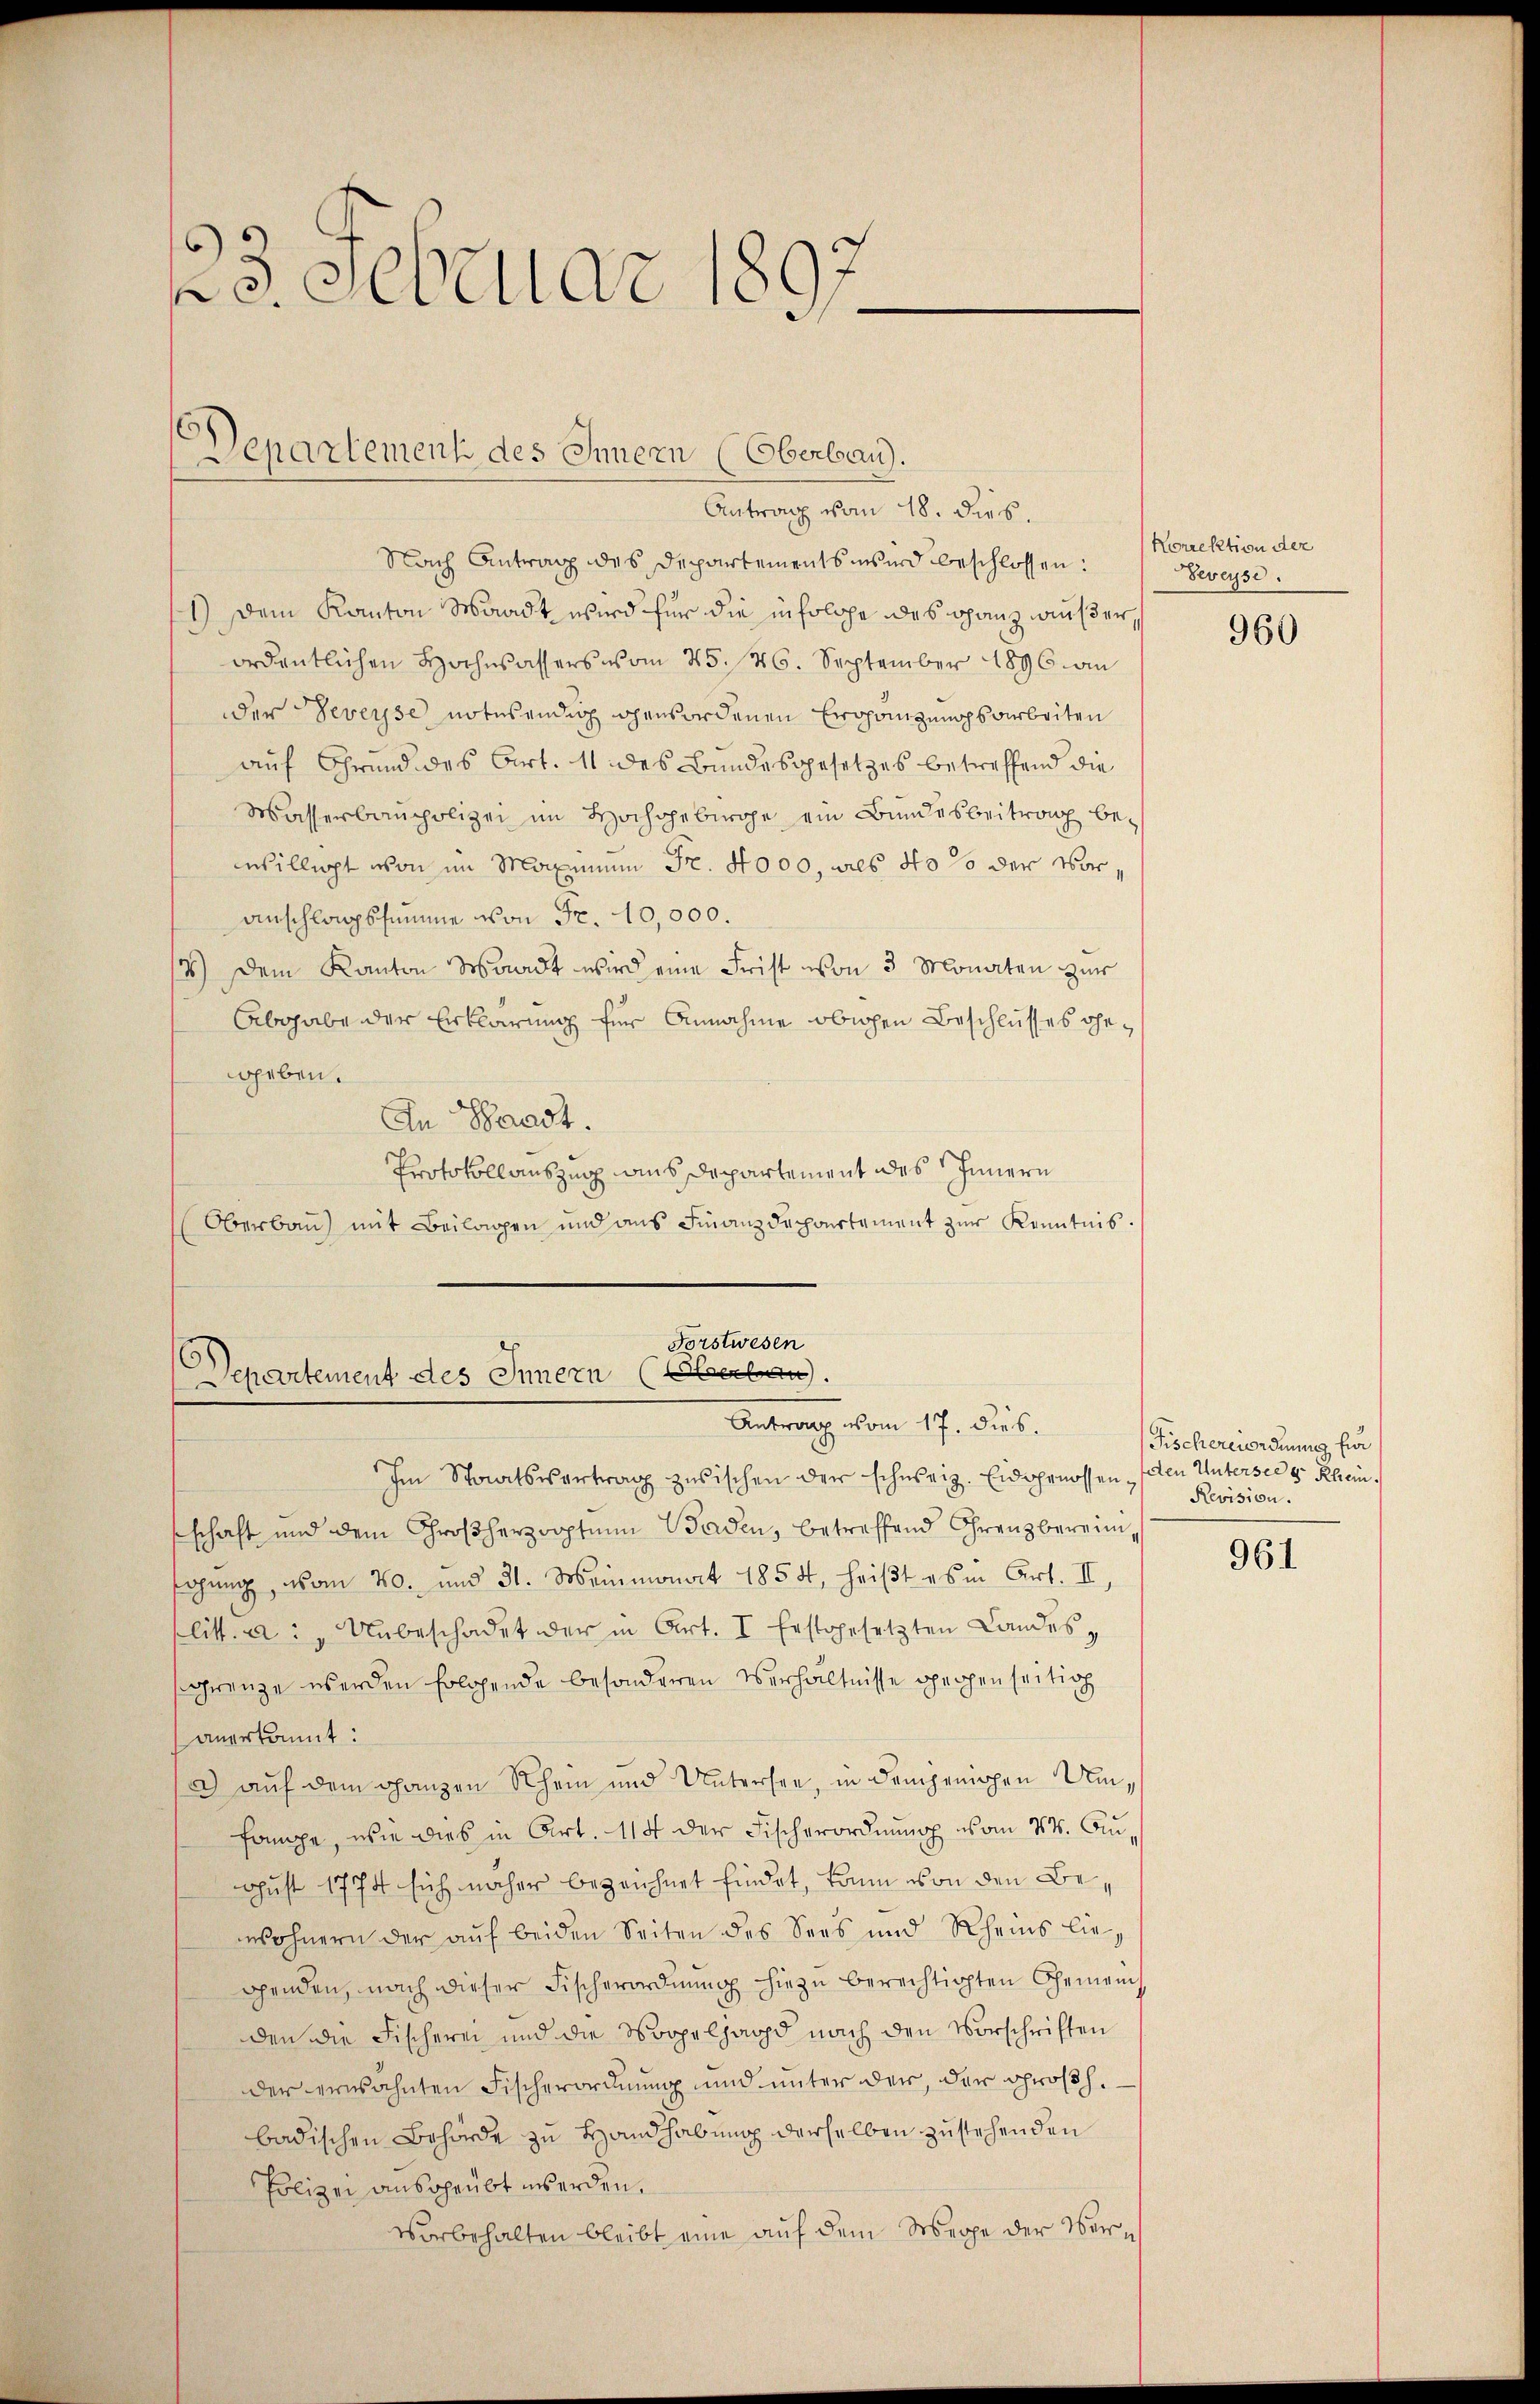
23. Februar 1891

¬
Departement des Innern (Oberbau).
Antrag vom 18. dies.

Nach Antrag des Departements wird beschlossen:
1.) Dem Kanton Waadt wird für die in solche des ganz außer,
ordentlichen Hochwassers vom 25. 46. September 1896 an
der Veveyse notwendig gewordenen Ergänzungsarbeiten
auf Grund des Art. 11 des Bundesgesetzes betreffend die
Wasserbaupolizei im Hochgebirge ein Bundesbeitrag be-
willigt von im Maximum Fr. 4000, als 40 so der Voranschlagssumme von Fr. 10,000.
14) Dem Kanton Waadt wird eine Frist von 3 Monaten zur
Abgabe der Erklärung für Annahme obigen Beschlusses geggeben.
An Waadt.
Protokollauszug aus Departement des Innern
Oberbau) mit Beilagen und aus Finanzdepartement zur Kenntnis.

Forstwesen
Snel
Departement des Innern
Antrag vom 17. dies.

Im Staatsvertrag zwischen der schweiz. Eidgenossen, (den Untersee sr Rhein.
schaft und dem Großherzooptum Baden, betreffend Franzberein,
sagung vom 20. und 31. Meinmonat 1854, heißt es in Art. II,
litt. a: "Unbeschadet der in Art. I Erstgesetzten Landes
sgrenze werden solchende besonderen Verhältnisse gegen seitig
anerkannt:
3) auf dem Ganzen Rhein und Untersee, in demjenigen Umfampe, wie dies in Art. 114 der Fischerordnung vom 24. August 1774 sich näher bezeichnet findet, kann von den Bewohnern der aŭf beiden Seiten des Sees und Rheins liegenden, nach dieser Fischerordnŭng hiezu berechtigten Gemeins
den die Fischerei und die Doppelhard nach den Vorschriften
der erwähnten Fischerordnung und unter der, der Großh.
badischen Behörde zu Handhabung derselben zustehenden
Polizei ausgeübt werden.
vorbehalten bleibt eine auf dem Wege der Ver¬

Norrektion der
Beveyse.

960

Fischereiordnung für
Revision.

961